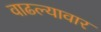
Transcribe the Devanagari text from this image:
वाढल्यावार